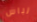
لباس